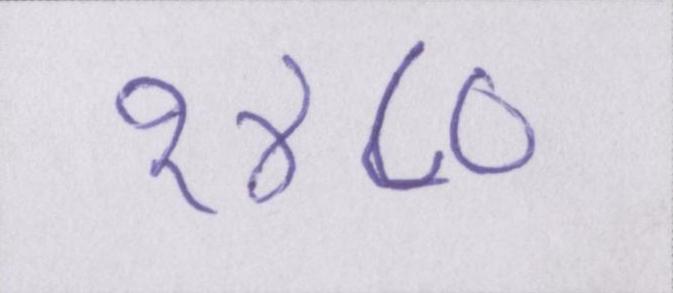
१४८०